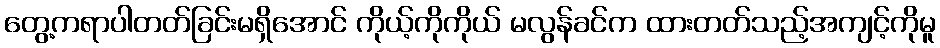
တွေ့ကရာပါတတ်ခြင်းမရှိအောင် ကိုယ့်ကိုကိုယ် မလွန်ခင်က ထားတတ်သည့်အကျင့်ကိုမူ